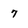
Character: 7